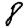
Digit: 8